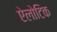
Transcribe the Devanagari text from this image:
ऐलोटिक